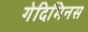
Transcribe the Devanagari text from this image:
गेदिमिनस